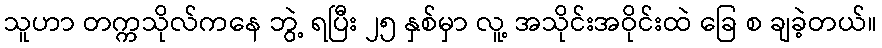
သူဟာ တက္ကသိုလ်ကနေ ဘွဲ့ ရပြီး ၂၅ နှစ်မှာ လူ့ အသိုင်းအဝိုင်းထဲ ခြေ စ ချခဲ့တယ်။